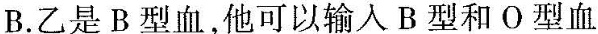
B.乙是B型血，他可以输入B型和O型血